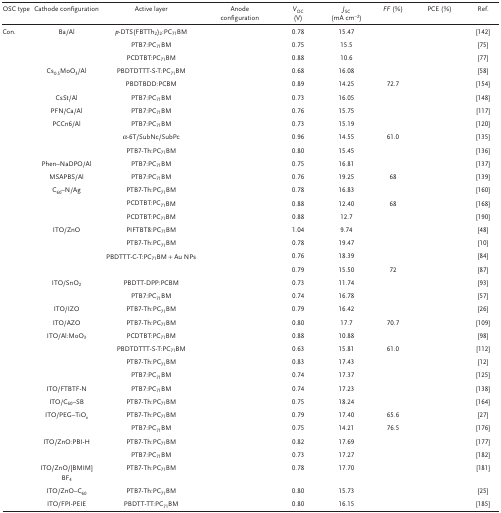
<table><thead><tr><td><b>OSC type</b></td><td><b>Cathode configuration</b></td><td><b>Active layer</b></td><td><b>Anode configuration</b></td><td><b><i>V</i><sub>OC</sub> (V)</b></td><td><b><i>J</i><sub>SC</sub> (mA cm<sup>–2</sup>)</b></td><td><b><i>FF</i> (%)</b></td><td><b>PCE (%)</b></td><td><b>Ref.</b></td></tr></thead><tbody><tr><td>Con.</td><td>Ba/Al</td><td><i>p</i>‐DTS(FBTTh<sub>2</sub>)<sub>2</sub>:PC<sub>71</sub>BM</td><td>[EMPTY_CELL]</td><td>0.78</td><td>15.47</td><td>[EMPTY_CELL]</td><td>[EMPTY_CELL]</td><td>142</td></tr><tr><td>[EMPTY_CELL]</td><td>[EMPTY_CELL]</td><td>PTB7:PC<sub>71</sub>BM</td><td>[EMPTY_CELL]</td><td>0.75</td><td>15.5</td><td>[EMPTY_CELL]</td><td>[EMPTY_CELL]</td><td>75</td></tr><tr><td>[EMPTY_CELL]</td><td>[EMPTY_CELL]</td><td>PCDTBT:PC<sub>71</sub>BM</td><td>[EMPTY_CELL]</td><td>0.88</td><td>10.6</td><td>[EMPTY_CELL]</td><td>[EMPTY_CELL]</td><td>77</td></tr><tr><td>[EMPTY_CELL]</td><td>Cs<sub>0.5</sub>MoO<sub>3</sub>/Al</td><td>PBDTDTTT‐S‐T:PC<sub>71</sub>BM</td><td>[EMPTY_CELL]</td><td>0.68</td><td>16.08</td><td>[EMPTY_CELL]</td><td>[EMPTY_CELL]</td><td>58</td></tr><tr><td>[EMPTY_CELL]</td><td>[EMPTY_CELL]</td><td>PBDTBDD:PCBM</td><td>[EMPTY_CELL]</td><td>0.89</td><td>14.25</td><td>72.7</td><td>[EMPTY_CELL]</td><td>154</td></tr><tr><td>[EMPTY_CELL]</td><td>CsSt/Al</td><td>PTB7:PC<sub>71</sub>BM</td><td>[EMPTY_CELL]</td><td>0.73</td><td>16.05</td><td>[EMPTY_CELL]</td><td>[EMPTY_CELL]</td><td>148</td></tr><tr><td>[EMPTY_CELL]</td><td>PFN/Ca/Al</td><td>PTB7:PC<sub>71</sub>BM</td><td>[EMPTY_CELL]</td><td>0.76</td><td>15.75</td><td>[EMPTY_CELL]</td><td>[EMPTY_CELL]</td><td>117</td></tr><tr><td>[EMPTY_CELL]</td><td>PCCn6/Al</td><td>PTB7:PC<sub>71</sub>BM</td><td>[EMPTY_CELL]</td><td>0.73</td><td>15.19</td><td>[EMPTY_CELL]</td><td>[EMPTY_CELL]</td><td>120</td></tr><tr><td>[EMPTY_CELL]</td><td>[EMPTY_CELL]</td><td>α‐6T/SubNc/SubPc</td><td>[EMPTY_CELL]</td><td>0.96</td><td>14.55</td><td>61.0</td><td>[EMPTY_CELL]</td><td>135</td></tr><tr><td>[EMPTY_CELL]</td><td>[EMPTY_CELL]</td><td>PTB7‐Th:PC<sub>71</sub>BM</td><td>[EMPTY_CELL]</td><td>0.80</td><td>15.45</td><td>[EMPTY_CELL]</td><td>[EMPTY_CELL]</td><td>136</td></tr><tr><td>[EMPTY_CELL]</td><td>Phen–NaDPO/Al</td><td>PTB7:PC<sub>71</sub>BM</td><td>[EMPTY_CELL]</td><td>0.75</td><td>16.81</td><td>[EMPTY_CELL]</td><td>[EMPTY_CELL]</td><td>137</td></tr><tr><td>[EMPTY_CELL]</td><td>MSAPBS/Al</td><td>PTB7:PC<sub>71</sub>BM</td><td>[EMPTY_CELL]</td><td>0.76</td><td>19.25</td><td>68</td><td>[EMPTY_CELL]</td><td>139</td></tr><tr><td>[EMPTY_CELL]</td><td>C<sub>60</sub>–N/Ag</td><td>PTB7‐Th:PC<sub>71</sub>BM</td><td>[EMPTY_CELL]</td><td>0.78</td><td>16.83</td><td>[EMPTY_CELL]</td><td>[EMPTY_CELL]</td><td>160</td></tr><tr><td>[EMPTY_CELL]</td><td>[EMPTY_CELL]</td><td>PCDTBT:PC<sub>71</sub>BM</td><td>[EMPTY_CELL]</td><td>0.88</td><td>12.40</td><td>68</td><td>[EMPTY_CELL]</td><td>168</td></tr><tr><td>[EMPTY_CELL]</td><td>[EMPTY_CELL]</td><td>PCDTBT:PC<sub>71</sub>BM</td><td>[EMPTY_CELL]</td><td>0.88</td><td>12.7</td><td>[EMPTY_CELL]</td><td>[EMPTY_CELL]</td><td>190</td></tr><tr><td>[EMPTY_CELL]</td><td>ITO/ZnO</td><td>PIFTBT8:PC<sub>71</sub>BM</td><td>[EMPTY_CELL]</td><td>1.04</td><td>9.74</td><td>[EMPTY_CELL]</td><td>[EMPTY_CELL]</td><td>48</td></tr><tr><td>[EMPTY_CELL]</td><td>[EMPTY_CELL]</td><td>PTB7‐Th:PC<sub>71</sub>BM</td><td>[EMPTY_CELL]</td><td>0.78</td><td>19.47</td><td>[EMPTY_CELL]</td><td>[EMPTY_CELL]</td><td>10</td></tr><tr><td>[EMPTY_CELL]</td><td>[EMPTY_CELL]</td><td>PBDTTT‐C‐T:PC<sub>71</sub>BM + Au NPs</td><td>[EMPTY_CELL]</td><td>0.76</td><td>18.39</td><td>[EMPTY_CELL]</td><td>[EMPTY_CELL]</td><td>84</td></tr><tr><td>[EMPTY_CELL]</td><td>[EMPTY_CELL]</td><td>[EMPTY_CELL]</td><td>[EMPTY_CELL]</td><td>0.79</td><td>15.50</td><td>72</td><td>[EMPTY_CELL]</td><td>87</td></tr><tr><td>[EMPTY_CELL]</td><td>ITO/SnO<sub>2</sub></td><td>PBDTT‐DPP:PCBM</td><td>[EMPTY_CELL]</td><td>0.73</td><td>11.74</td><td>[EMPTY_CELL]</td><td>[EMPTY_CELL]</td><td>93</td></tr><tr><td>[EMPTY_CELL]</td><td>[EMPTY_CELL]</td><td>PTB7:PC<sub>71</sub>BM</td><td>[EMPTY_CELL]</td><td>0.74</td><td>16.78</td><td>[EMPTY_CELL]</td><td>[EMPTY_CELL]</td><td>57</td></tr><tr><td>[EMPTY_CELL]</td><td>ITO/IZO</td><td>PTB7‐Th:PC<sub>71</sub>BM</td><td>[EMPTY_CELL]</td><td>0.79</td><td>16.42</td><td>[EMPTY_CELL]</td><td>[EMPTY_CELL]</td><td>26</td></tr><tr><td>[EMPTY_CELL]</td><td>ITO/AZO</td><td>PTB7‐Th:PC<sub>71</sub>BM</td><td>[EMPTY_CELL]</td><td>0.80</td><td>17.7</td><td>70.7</td><td>[EMPTY_CELL]</td><td>109</td></tr><tr><td>[EMPTY_CELL]</td><td>ITO/Al:MoO<sub>3</sub></td><td>PCDTBT:PC<sub>71</sub>BM</td><td>[EMPTY_CELL]</td><td>0.88</td><td>10.88</td><td>[EMPTY_CELL]</td><td>[EMPTY_CELL]</td><td>98</td></tr><tr><td>[EMPTY_CELL]</td><td>[EMPTY_CELL]</td><td>PBDTDTTT‐S‐T:PC<sub>71</sub>BM</td><td>[EMPTY_CELL]</td><td>0.63</td><td>15.81</td><td>61.0</td><td>[EMPTY_CELL]</td><td>112</td></tr><tr><td>[EMPTY_CELL]</td><td>[EMPTY_CELL]</td><td>PTB7‐Th:PC<sub>71</sub>BM</td><td>[EMPTY_CELL]</td><td>0.83</td><td>17.43</td><td>[EMPTY_CELL]</td><td>[EMPTY_CELL]</td><td>12</td></tr><tr><td>[EMPTY_CELL]</td><td>[EMPTY_CELL]</td><td>PTB7:PC<sub>71</sub>BM</td><td>[EMPTY_CELL]</td><td>0.74</td><td>17.37</td><td>[EMPTY_CELL]</td><td>[EMPTY_CELL]</td><td>125</td></tr><tr><td>[EMPTY_CELL]</td><td>ITO/FTBTF‐N</td><td>PTB7:PC<sub>71</sub>BM</td><td>[EMPTY_CELL]</td><td>0.74</td><td>17.23</td><td>[EMPTY_CELL]</td><td>[EMPTY_CELL]</td><td>138</td></tr><tr><td>[EMPTY_CELL]</td><td>ITO/C<sub>60</sub>–SB</td><td>PTB7‐Th:PC<sub>71</sub>BM</td><td>[EMPTY_CELL]</td><td>0.75</td><td>18.24</td><td>[EMPTY_CELL]</td><td>[EMPTY_CELL]</td><td>164</td></tr><tr><td>[EMPTY_CELL]</td><td>ITO/PEG–TiO<i><sub>x</sub></i></td><td>PTB7‐Th:PC<sub>71</sub>BM</td><td>[EMPTY_CELL]</td><td>0.79</td><td>17.40</td><td>65.6</td><td>[EMPTY_CELL]</td><td>27</td></tr><tr><td>[EMPTY_CELL]</td><td>[EMPTY_CELL]</td><td>PTB7:PC<sub>71</sub>BM</td><td>[EMPTY_CELL]</td><td>0.75</td><td>14.21</td><td>76.5</td><td>[EMPTY_CELL]</td><td>176</td></tr><tr><td>[EMPTY_CELL]</td><td>ITO/ZnO:PBI‐H</td><td>PTB7‐Th:PC<sub>71</sub>BM</td><td>[EMPTY_CELL]</td><td>0.82</td><td>17.69</td><td>[EMPTY_CELL]</td><td>[EMPTY_CELL]</td><td>177</td></tr><tr><td>[EMPTY_CELL]</td><td>[EMPTY_CELL]</td><td>PTB7:PC<sub>71</sub>BM</td><td>[EMPTY_CELL]</td><td>0.73</td><td>17.27</td><td>[EMPTY_CELL]</td><td>[EMPTY_CELL]</td><td>182</td></tr><tr><td>[EMPTY_CELL]</td><td>ITO/ZnO/[BMIM]BF<sub>4</sub></td><td>PTB7‐Th:PC<sub>71</sub>BM</td><td>[EMPTY_CELL]</td><td>0.78</td><td>17.70</td><td>[EMPTY_CELL]</td><td>[EMPTY_CELL]</td><td>181</td></tr><tr><td>[EMPTY_CELL]</td><td>ITO/ZnO–C<sub>60</sub></td><td>PTB7‐Th:PC<sub>71</sub>BM</td><td>[EMPTY_CELL]</td><td>0.80</td><td>15.73</td><td>[EMPTY_CELL]</td><td>[EMPTY_CELL]</td><td>25</td></tr><tr><td>[EMPTY_CELL]</td><td>ITO/FPI‐PEIE</td><td>PBDTT‐TT:PC<sub>71</sub>BM</td><td>[EMPTY_CELL]</td><td>0.80</td><td>16.15</td><td>[EMPTY_CELL]</td><td>[EMPTY_CELL]</td><td>185</td></tr></tbody></table>